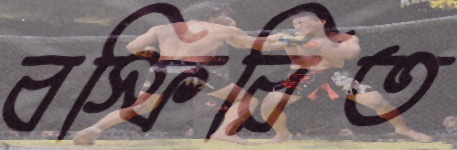
বস্ফিরিত